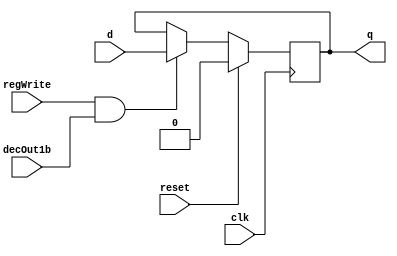
module D_ff( input clk, input reset, input regWrite, input decOut1b , input d, output reg q);
	always @ (negedge clk)
	begin
	if(reset==1)
		q=0;
	else
		if(regWrite == 1 && decOut1b==1)
		begin
			q=d;
		end
	end
endmodule